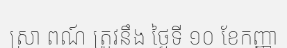
ស្រា ពណ៍ ត្រូវនឹង ថ្ងៃទី ១០ ខែកញ្ញា